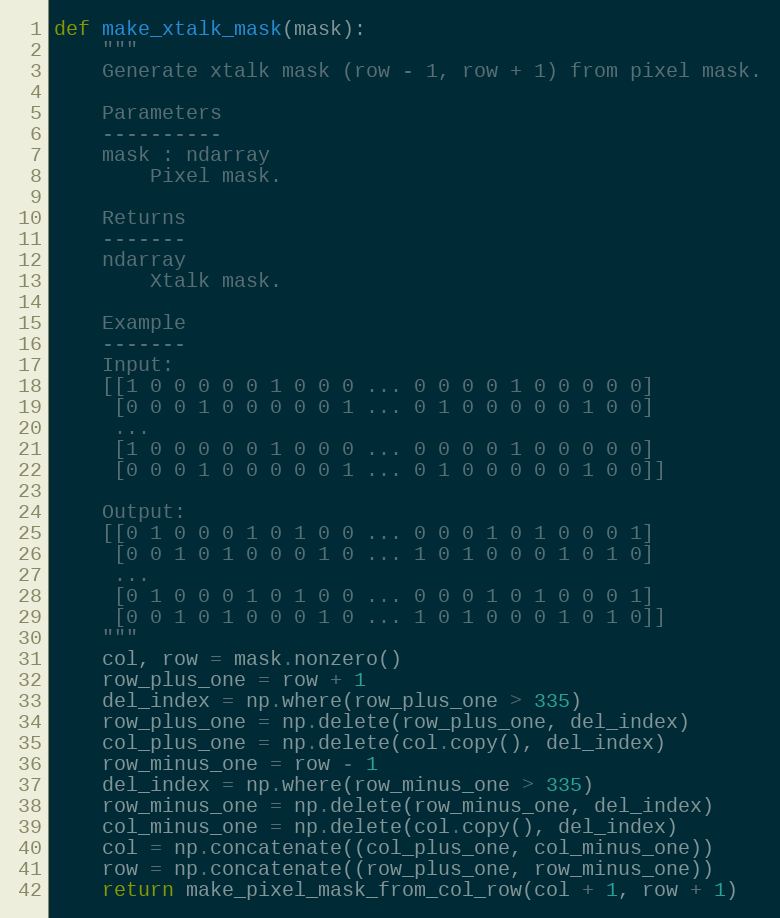
Language: Python
def make_xtalk_mask(mask):
    """
    Generate xtalk mask (row - 1, row + 1) from pixel mask.

    Parameters
    ----------
    mask : ndarray
        Pixel mask.

    Returns
    -------
    ndarray
        Xtalk mask.

    Example
    -------
    Input:
    [[1 0 0 0 0 0 1 0 0 0 ... 0 0 0 0 1 0 0 0 0 0]
     [0 0 0 1 0 0 0 0 0 1 ... 0 1 0 0 0 0 0 1 0 0]
     ...
     [1 0 0 0 0 0 1 0 0 0 ... 0 0 0 0 1 0 0 0 0 0]
     [0 0 0 1 0 0 0 0 0 1 ... 0 1 0 0 0 0 0 1 0 0]]

    Output:
    [[0 1 0 0 0 1 0 1 0 0 ... 0 0 0 1 0 1 0 0 0 1]
     [0 0 1 0 1 0 0 0 1 0 ... 1 0 1 0 0 0 1 0 1 0]
     ...
     [0 1 0 0 0 1 0 1 0 0 ... 0 0 0 1 0 1 0 0 0 1]
     [0 0 1 0 1 0 0 0 1 0 ... 1 0 1 0 0 0 1 0 1 0]]
    """
    col, row = mask.nonzero()
    row_plus_one = row + 1
    del_index = np.where(row_plus_one > 335)
    row_plus_one = np.delete(row_plus_one, del_index)
    col_plus_one = np.delete(col.copy(), del_index)
    row_minus_one = row - 1
    del_index = np.where(row_minus_one > 335)
    row_minus_one = np.delete(row_minus_one, del_index)
    col_minus_one = np.delete(col.copy(), del_index)
    col = np.concatenate((col_plus_one, col_minus_one))
    row = np.concatenate((row_plus_one, row_minus_one))
    return make_pixel_mask_from_col_row(col + 1, row + 1)